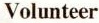
Volunteer